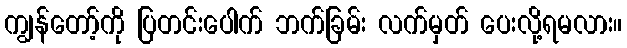
ကျွန်တော့်ကို ပြတင်းပေါက် ဘက်ခြမ်း လက်မှတ် ပေးလို့ရမလား။